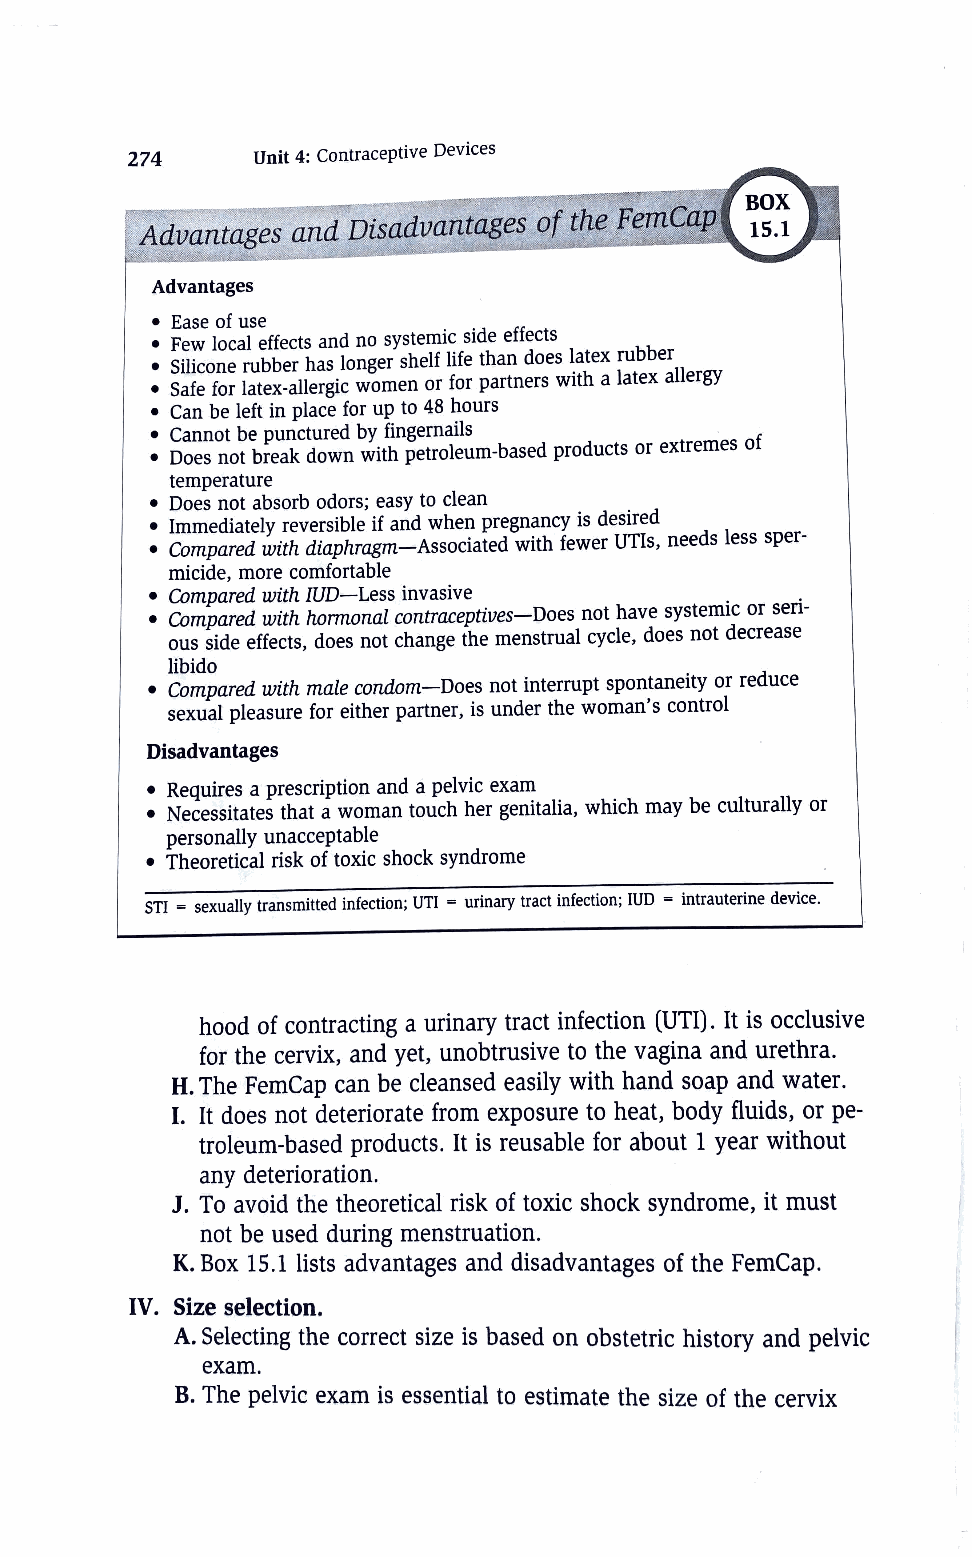
274      Unit 4: Contraceptive Devices
 Aavantages and Disadvantages of t~e
 Advantages
 • Ease of use
 • Few local effects and no systemic side effects
 • Silicone rubber has longer shelf life than does latex rubber
 • Safe for latex-allergic women or for partners with a latex allergy
 • Can be left in place for up to 48 hours
 • Cannot be punctured by fingernails
 • Does not break down with petroleum-based products or extremes of
 temperature
 • Does not absorb odors; easy to clean
 • Immediately reversible if and when pregnancy is desired
 • Compared with diaphragm-Associated with fewer UTis, needs less sper-
 micide, more comfortable
 • Compared with JUD-Less invasive
 • Compared with hormonal contraceptives-Does not have systemic or seri-
 ous side effects, does not change the menstrual cycle, does not decrease
 libido
 • Compared with male condom-Does not interrupt spontaneity or reduce
 sexual pleasure for either partner, is under the woman's control
 Disadvantages
 • Requires a prescription and a pelvic exam
 • Necessitates that a woman touch her genitalia, which may be culturally or
 personally unacceptable
 • Theoretical risk of toxic shock syndrome
 STI = sexually transmitted infection; UTI = urinary tract infection; IUD = intrauterine device.
 hood of contracting a urinary tract infection (UTI). It is occlusive
 for the cervix, and yet, unobtrusive to the vagina and urethra.
 H. The FemCap can be cleansed easily with hand soap and water.
 I. It does not deteriorate from exposure to heat, body fluids, or pe-
 troleum-based products. It is reusable for about 1 year without
 any deterioration.
 J. To avoid the theoretical risk of toxic shock syndrome, it must
 not be used during menstruation.
 K. Box 15.1 lists advantages and disadvantages of the FemCap.
 IV. Size selection.
 A. Selecting the correct size is based on obstetric history and pelvic
 exam.
 B. The pelvic exam is essential to estimate the size of the cervix